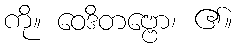
ကို။ ဝေဒိတဗ္ဗော၊ ၏။